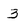
Character: 3